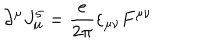
\partial ^ { \mu } J _ { \mu } ^ { 5 } = { \frac { e } { 2 \pi } } \varepsilon _ { \mu \nu } F ^ { \mu \nu }